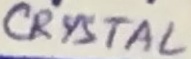
Text: CRYSTAL